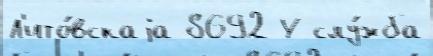
Л'ито́вскаjа 8692 У слу́жба